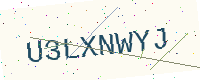
Text: U3LXNWYJ